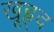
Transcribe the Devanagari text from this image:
खूह्न्द